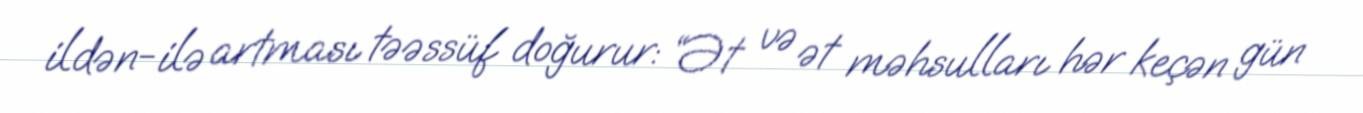
ildən-ilə artması təəssüf doğurur: “Ət və ət məhsulları hər keçən gün